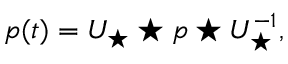
p ( t ) = U _ { \star } \star p \star U _ { \star } ^ { - 1 } ,